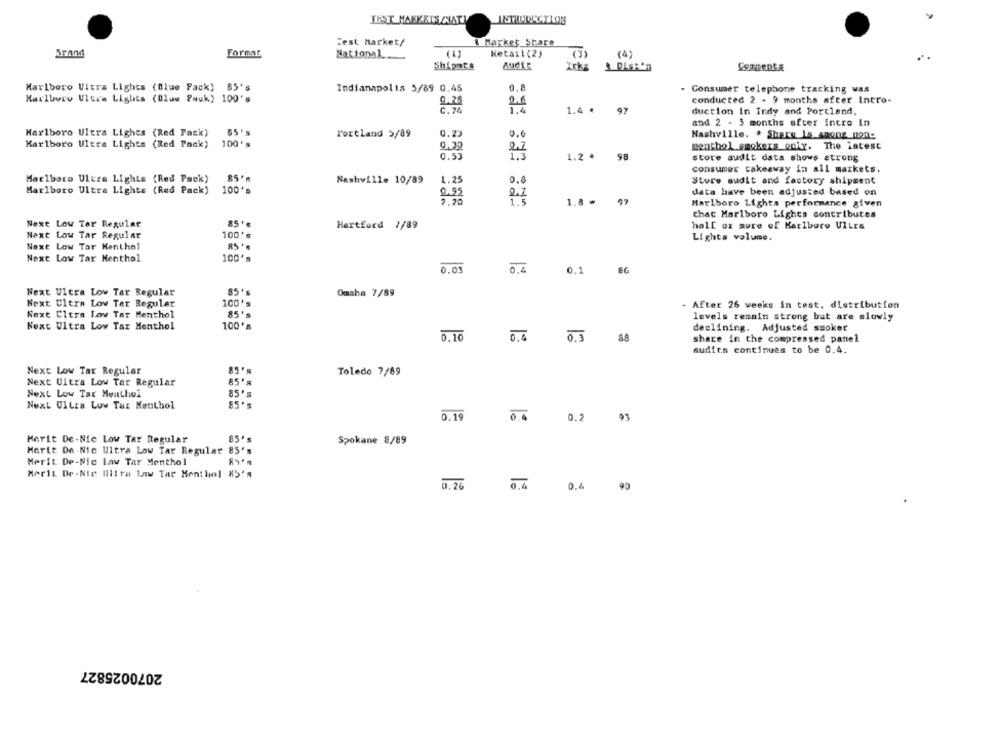
INST MANKETS ANATY
INTRODUCTION
Fest Market/
. Market Share
Ketall (2)
Brand
Format
National ...
03
(4)
Shipars
Audit
Irks
Comments
Marlboro Vitra Lights (Blue Fack) 55's
Indianapolis 5/89 0.45
0.8
Consumer telephone tracking was
Marlboro Ultra Lights (Bluw Pwuk) 100's
0.25
26
conducted 2 - 9 months after Intro-
C. 74
1.4
1.4 . 97
duction In Indy and Portland,
and 2 - 3 months after incro In
Marlboro Ultra Lights (Red Pack)
Portland 5/89
0.23
0.6
Nashville. * Share Is Asong non-
Marlboro Ultra Lights (Red Pack)
100's
0,30
menthol smokers only. The latest
0.53
1.2 ^ 98
store audit data shows strong
consumer cakeaway in all maxkets.
Marlboro Ulers Lights (Red Pack)
1. 25
0.8
Nashville 10/89
Store sudit and factory shipment
Marlboro Ultra Lighte (Red Pack)
100's
0.95
data have been adjusted based on
1.8 = 97
Marlboro Lights performance given
chat Marlboro Lights contributes
85+
Next Low Tor Regular
Hartford 1/89
hall ox aure of Karlboro VILEG
Next Low Tar Regular
100's
Lights volume.
Naxt Low Tar Kenthol
Next Low Tar Menthol
100*
0.03
0.4
0.1
86
Next Ultra Low Tar Regular
Omaha 7/89
Next Ultra Low Ter Regular
100's
After 26 weeks in test, distribution
Next Citra Low Tar Menthol
85'
levels remain strong but are slowly
Next Ultra Low Tar Menthol
100's
declining. Adjusted smoker
0.16
0,0
0.5
88
share in the compressed panel
audits continues to be 0.4.
Next Low Tar Regular
Toledo 7/89
Next Ultra Low Tar Regular
Next Low Tar Monthwi
85's
Next Ultra Low Tar Menthol
0.19
0.2
93
85.
Marit De-Nic Low Tar Regular
Spokane 8/89
Morte De Nic Ultra Low Tar Regular 85's
Merit De-Nic Law Tar Menthol
Merit De-Nie Iltra Law Tar Menthol 85's
0.26
0,4
0.4
90
2070025827